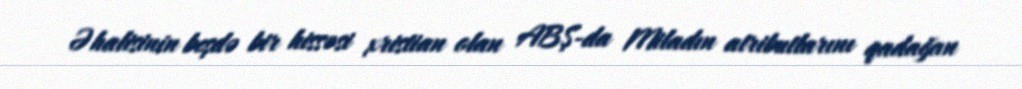
Əhalisinin beşdə bir hissəsi xristian olan ABŞ-da Miladın atributlarını qadağan